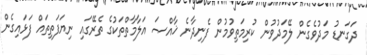
ދަގަނޑު މަދުވެގެން ލޭމަދުވުން ކުރިމަތިވުމުން ފެނިދާނެ ޚާއްޞަ އަލާމާތްތަކުގެ ތެރޭގައި ނިޔަފަތިތައް ފަޅައިގެން